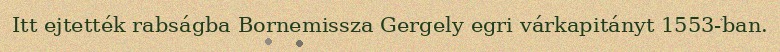
Itt ejtették rabságba Bornemissza Gergely egri várkapitányt 1553-ban.